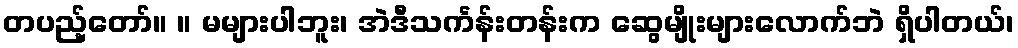
တပည့်တော်။ ။ မများပါဘူး၊ အဲဒီသင်္ကန်းတန်းက ဆွေမျိုးများလောက်ဘဲ ရှိပါတယ်၊